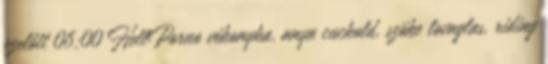
ezelőtt 06:00 HellPorno vékonyka, anya cuckold, szöke lovaglas, riding